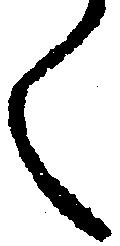
く